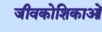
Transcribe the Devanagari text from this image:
जीवकोशिकाओं